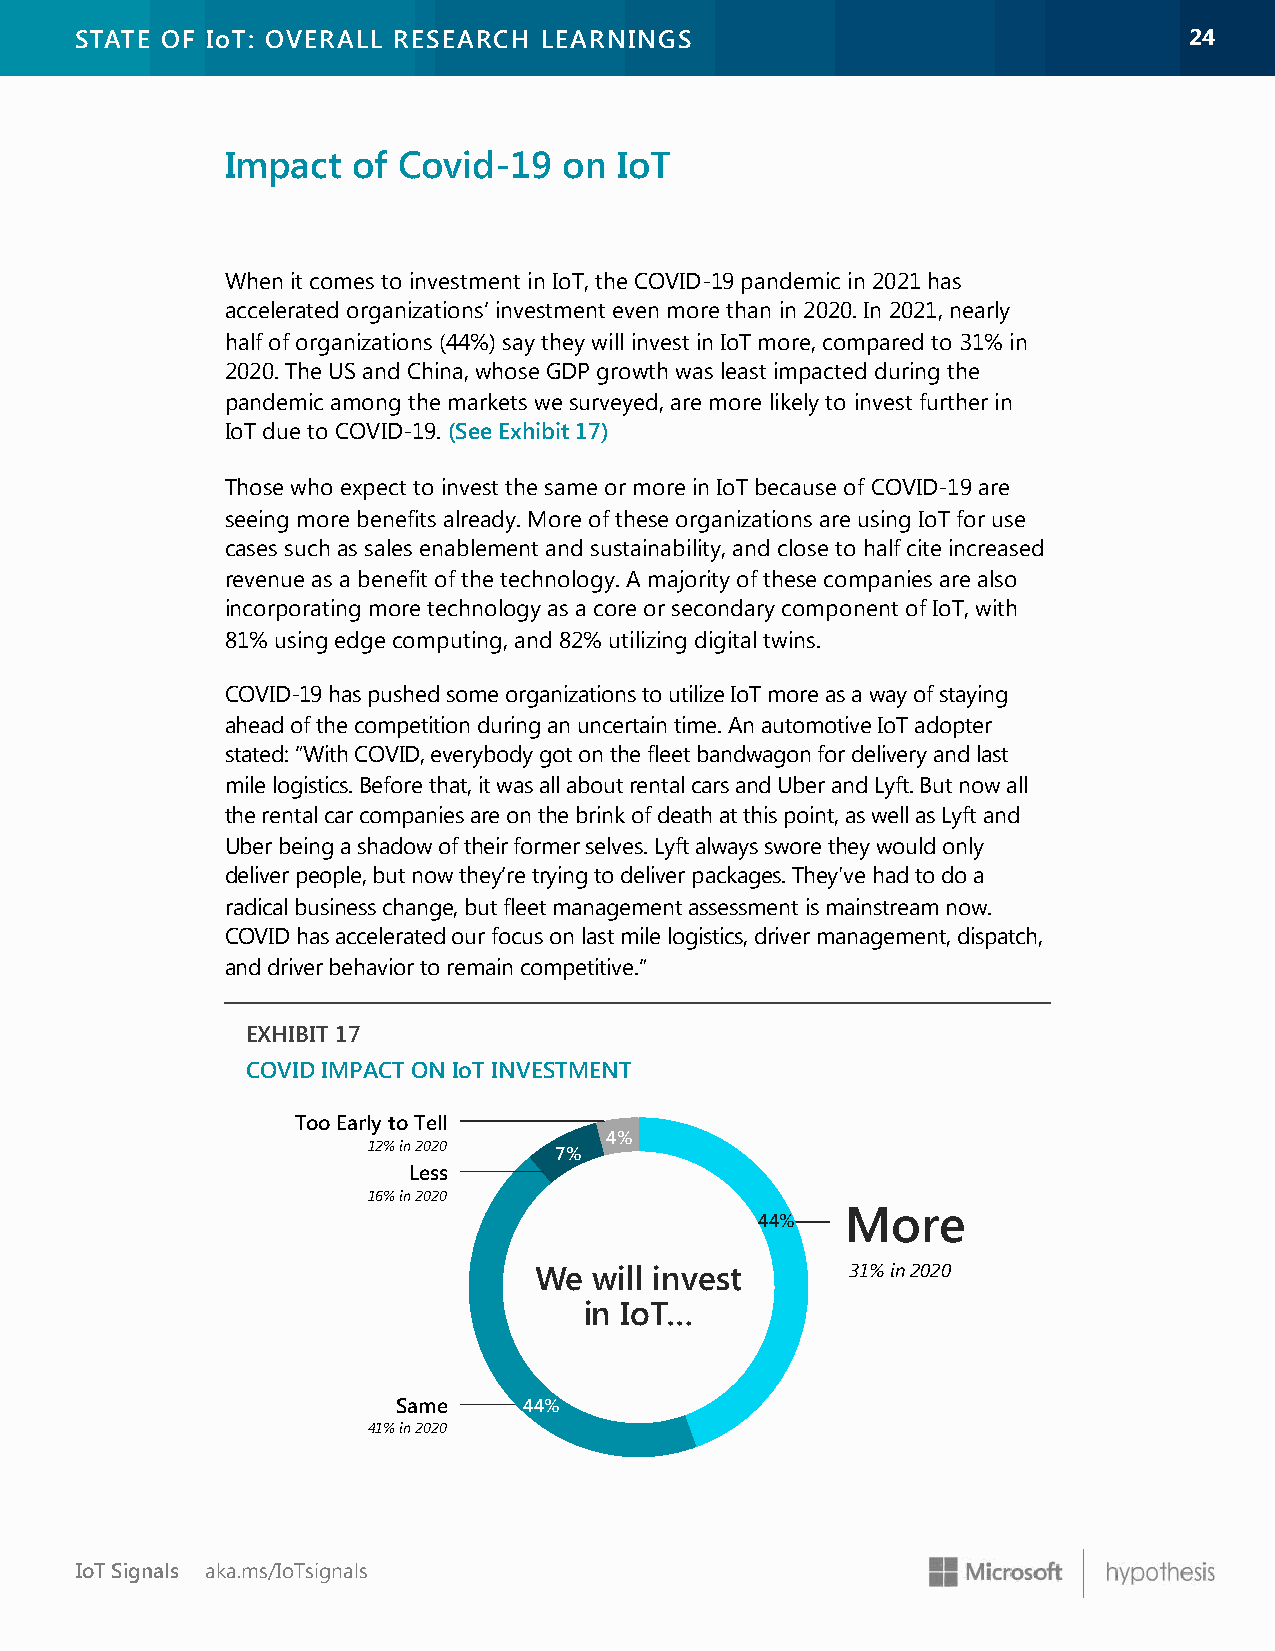
STATE OF IoT: OVERALL RESEARCH LEARNINGS                                  2244
 Impact  of Covid-19   on  IoT
 When it comes to investment in IoT, the COVID-19 pandemic in 2021 has
 accelerated organizations’ investment even more than in 2020. In 2021, nearly
 half of organizations (44%) say they will invest in IoT more, compared to 31% in
 2020. The US and China, whose GDP growth was least impacted during the
 pandemic among the markets we surveyed, are more likely to invest further in
 IoT due to COVID-19.(See Exhibit 17)
 Those who expect to invest the same or more in IoT because of COVID-19 are
 seeing more benefits already. More of these organizations are using IoT for use
 cases such as sales enablement and sustainability, and close to half cite increased
 revenue as a benefit of the technology. A majority of these companies are also
 incorporating more technology as a core or secondary component of IoT, with
 81% using edge computing, and 82% utilizing digital twins.
 COVID-19 has pushed some organizations to utilize IoT more as a way of staying
 ahead of the competition during an uncertain time. An automotive IoT adopter
 stated: “With COVID, everybody got on the fleet bandwagon for delivery and last
 mile logistics. Before that, it was all about rental cars and Uber and Lyft. But now all
 the rental car companies are on the brink of death at this point, as well as Lyft and
 Uber being a shadow of their former selves. Lyft always swore they would only
 deliver people, but now they’re trying to deliver packages. They've had to do a
 radical business change, but fleet management assessment is mainstream now.
 COVID has accelerated our focus on last mile logistics, driver management, dispatch,
 and driver behavior to remain competitive.”
 EXHIBIT 17
 COVID IMPACT ON IoT INVESTMENT
 Too Early to Tell
 4%
 12% in 2020  7%
 Less
 16% in 2020
 More
 44%
 We  will invest      31% in 2020
 in IoT…
 Same     44%
 41% in 2020
 IoT Signals aka.ms/IoTsignals